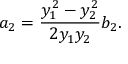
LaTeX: a _ { 2 } = \frac { y _ { 1 } ^ { 2 } - y _ { 2 } ^ { 2 } } { 2 y _ { 1 } y _ { 2 } } b _ { 2 } .